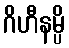
ဂိဟီနမ္ပိ